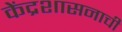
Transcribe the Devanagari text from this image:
केंद्रशासनाची